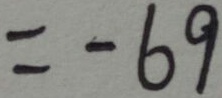
= - 6 9